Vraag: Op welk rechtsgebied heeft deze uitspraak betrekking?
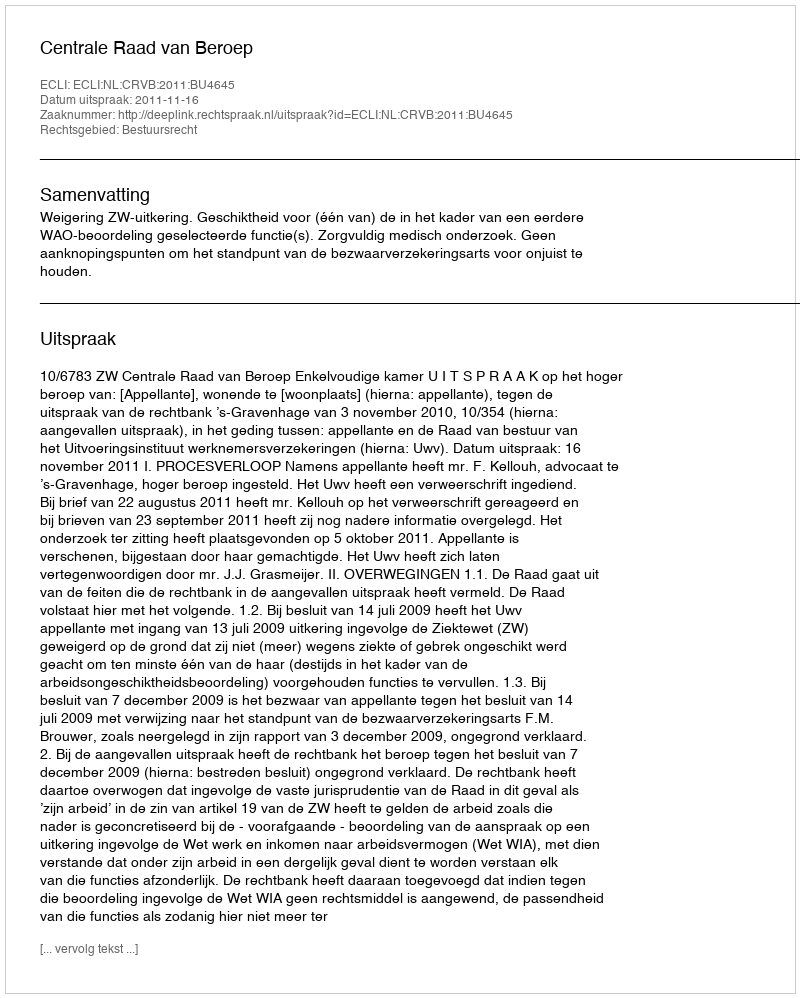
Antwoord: Bestuursrecht